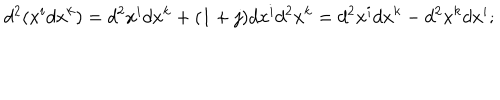
d ^ { 2 } ( x ^ { i } d x ^ { k } ) = d ^ { 2 } x ^ { i } d x ^ { k } + ( 1 + j ) d x ^ { i } d ^ { 2 } x ^ { k } = d ^ { 2 } x ^ { i } d x ^ { k } - d ^ { 2 } x ^ { k } d x ^ { i } ;